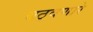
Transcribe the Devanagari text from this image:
वठवणारे